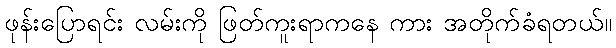
ဖုန်းပြောရင်း လမ်းကို ဖြတ်ကူးရာကနေ ကား အတိုက်ခံရတယ်။